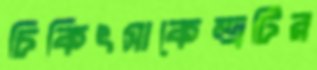
চিকিৎসাকেন্দ্রটির